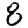
Digit: 8